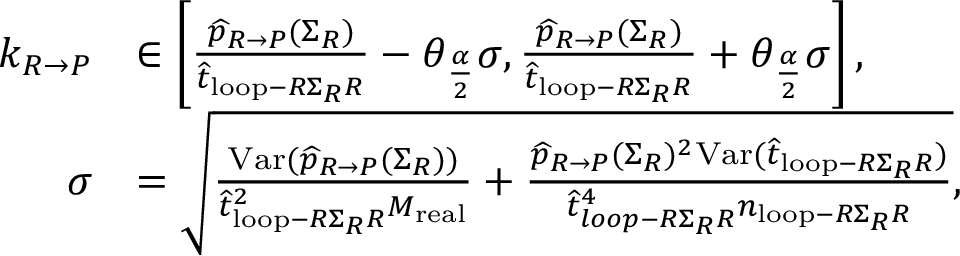
\begin{array} { r l } { k _ { R \rightarrow P } } & { \in \left[ \frac { \widehat { p } _ { R \rightarrow P } ( \Sigma _ { R } ) } { \widehat { t } _ { \mathrm { l o o p } - R \Sigma _ { R } R } } - \theta _ { \frac { \alpha } { 2 } } \sigma , \frac { \widehat { p } _ { R \rightarrow P } ( \Sigma _ { R } ) } { \widehat { t } _ { \mathrm { l o o p } - R \Sigma _ { R } R } } + \theta _ { \frac { \alpha } { 2 } } \sigma \right] , } \\ { \sigma } & { = \sqrt { \frac { \mathrm { V a r } ( \widehat { p } _ { R \rightarrow P } ( \Sigma _ { R } ) ) } { \widehat { t } _ { \mathrm { l o o p } - R \Sigma _ { R } R } ^ { 2 } M _ { \mathrm { r e a l } } } + \frac { \widehat { p } _ { R \rightarrow P } ( \Sigma _ { R } ) ^ { 2 } \mathrm { V a r } ( \widehat { t } _ { \mathrm { l o o p } - R \Sigma _ { R } R } ) } { \widehat { t } _ { l o o p - R \Sigma _ { R } R } ^ { 4 } n _ { \mathrm { l o o p } - R \Sigma _ { R } R } } } , } \end{array}